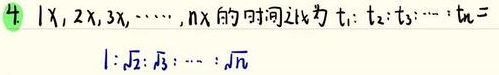
4. \(x, 2x, 3x, \cdots, nx\)的时间比为\(t_{1}:t_{2}:t_{3}:\cdots:t_{n}=1:\sqrt{2}:\sqrt{3}:\cdots:\sqrt{n}\)